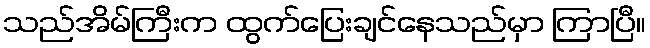
သည်အိမ်ကြီးက ထွက်ပြေးချင်နေသည်မှာ ကြာပြီ။